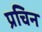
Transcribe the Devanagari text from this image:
प्रचिन